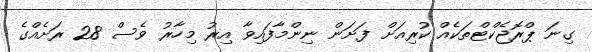
ގިނަ ޕްރޮޖެކްޓްތަކެއް ކުރިއަށް ފަށަން ނިންމާފައިވާ އިރު މިހާރު ވެސް 28 ރަށެއްގެ